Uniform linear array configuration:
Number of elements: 64
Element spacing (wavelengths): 0.25
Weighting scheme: kaiser
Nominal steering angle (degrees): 30
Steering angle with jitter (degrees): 29.414
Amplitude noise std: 0.05
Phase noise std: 0.05

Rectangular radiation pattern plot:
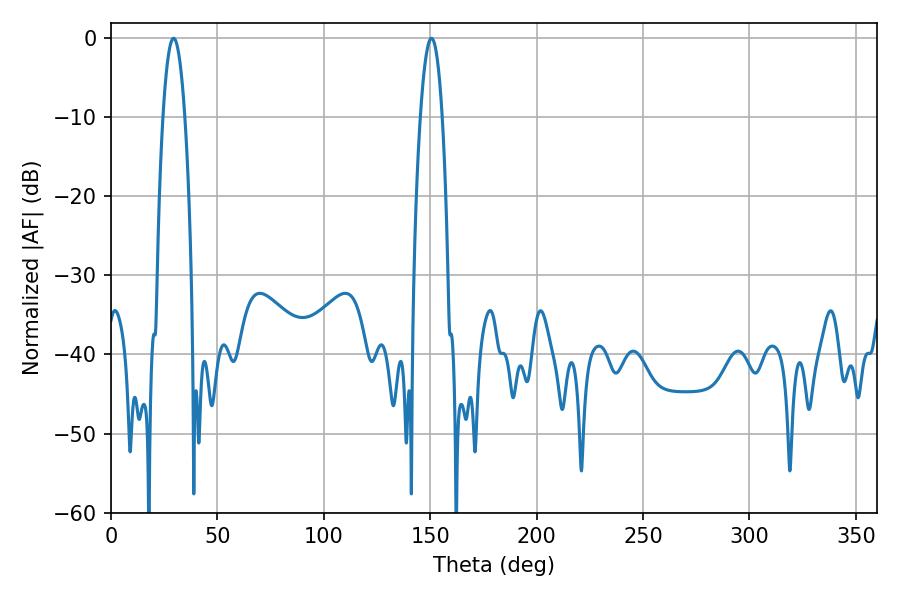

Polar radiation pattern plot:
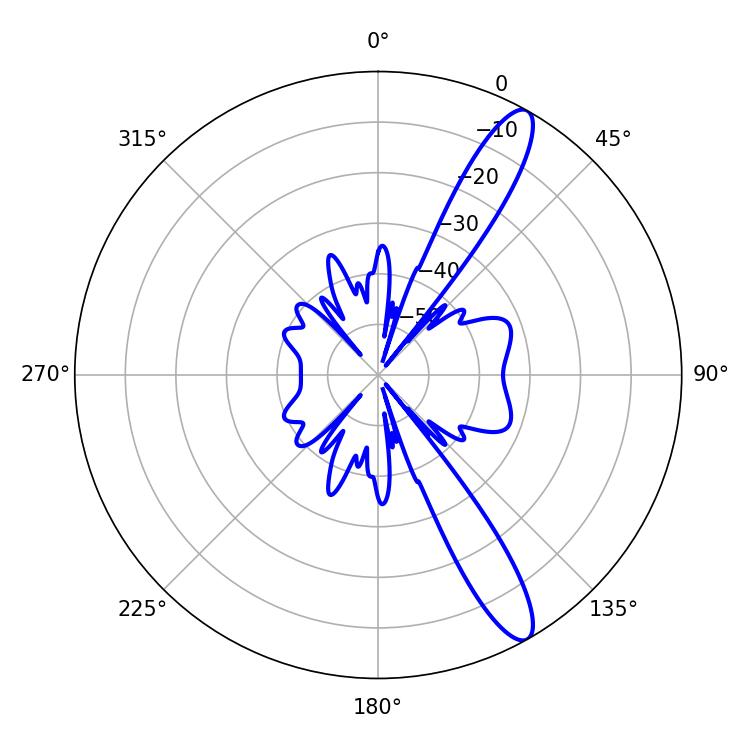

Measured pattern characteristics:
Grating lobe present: FALSE
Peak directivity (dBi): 12.782
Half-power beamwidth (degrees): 5.58
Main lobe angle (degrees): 29.34